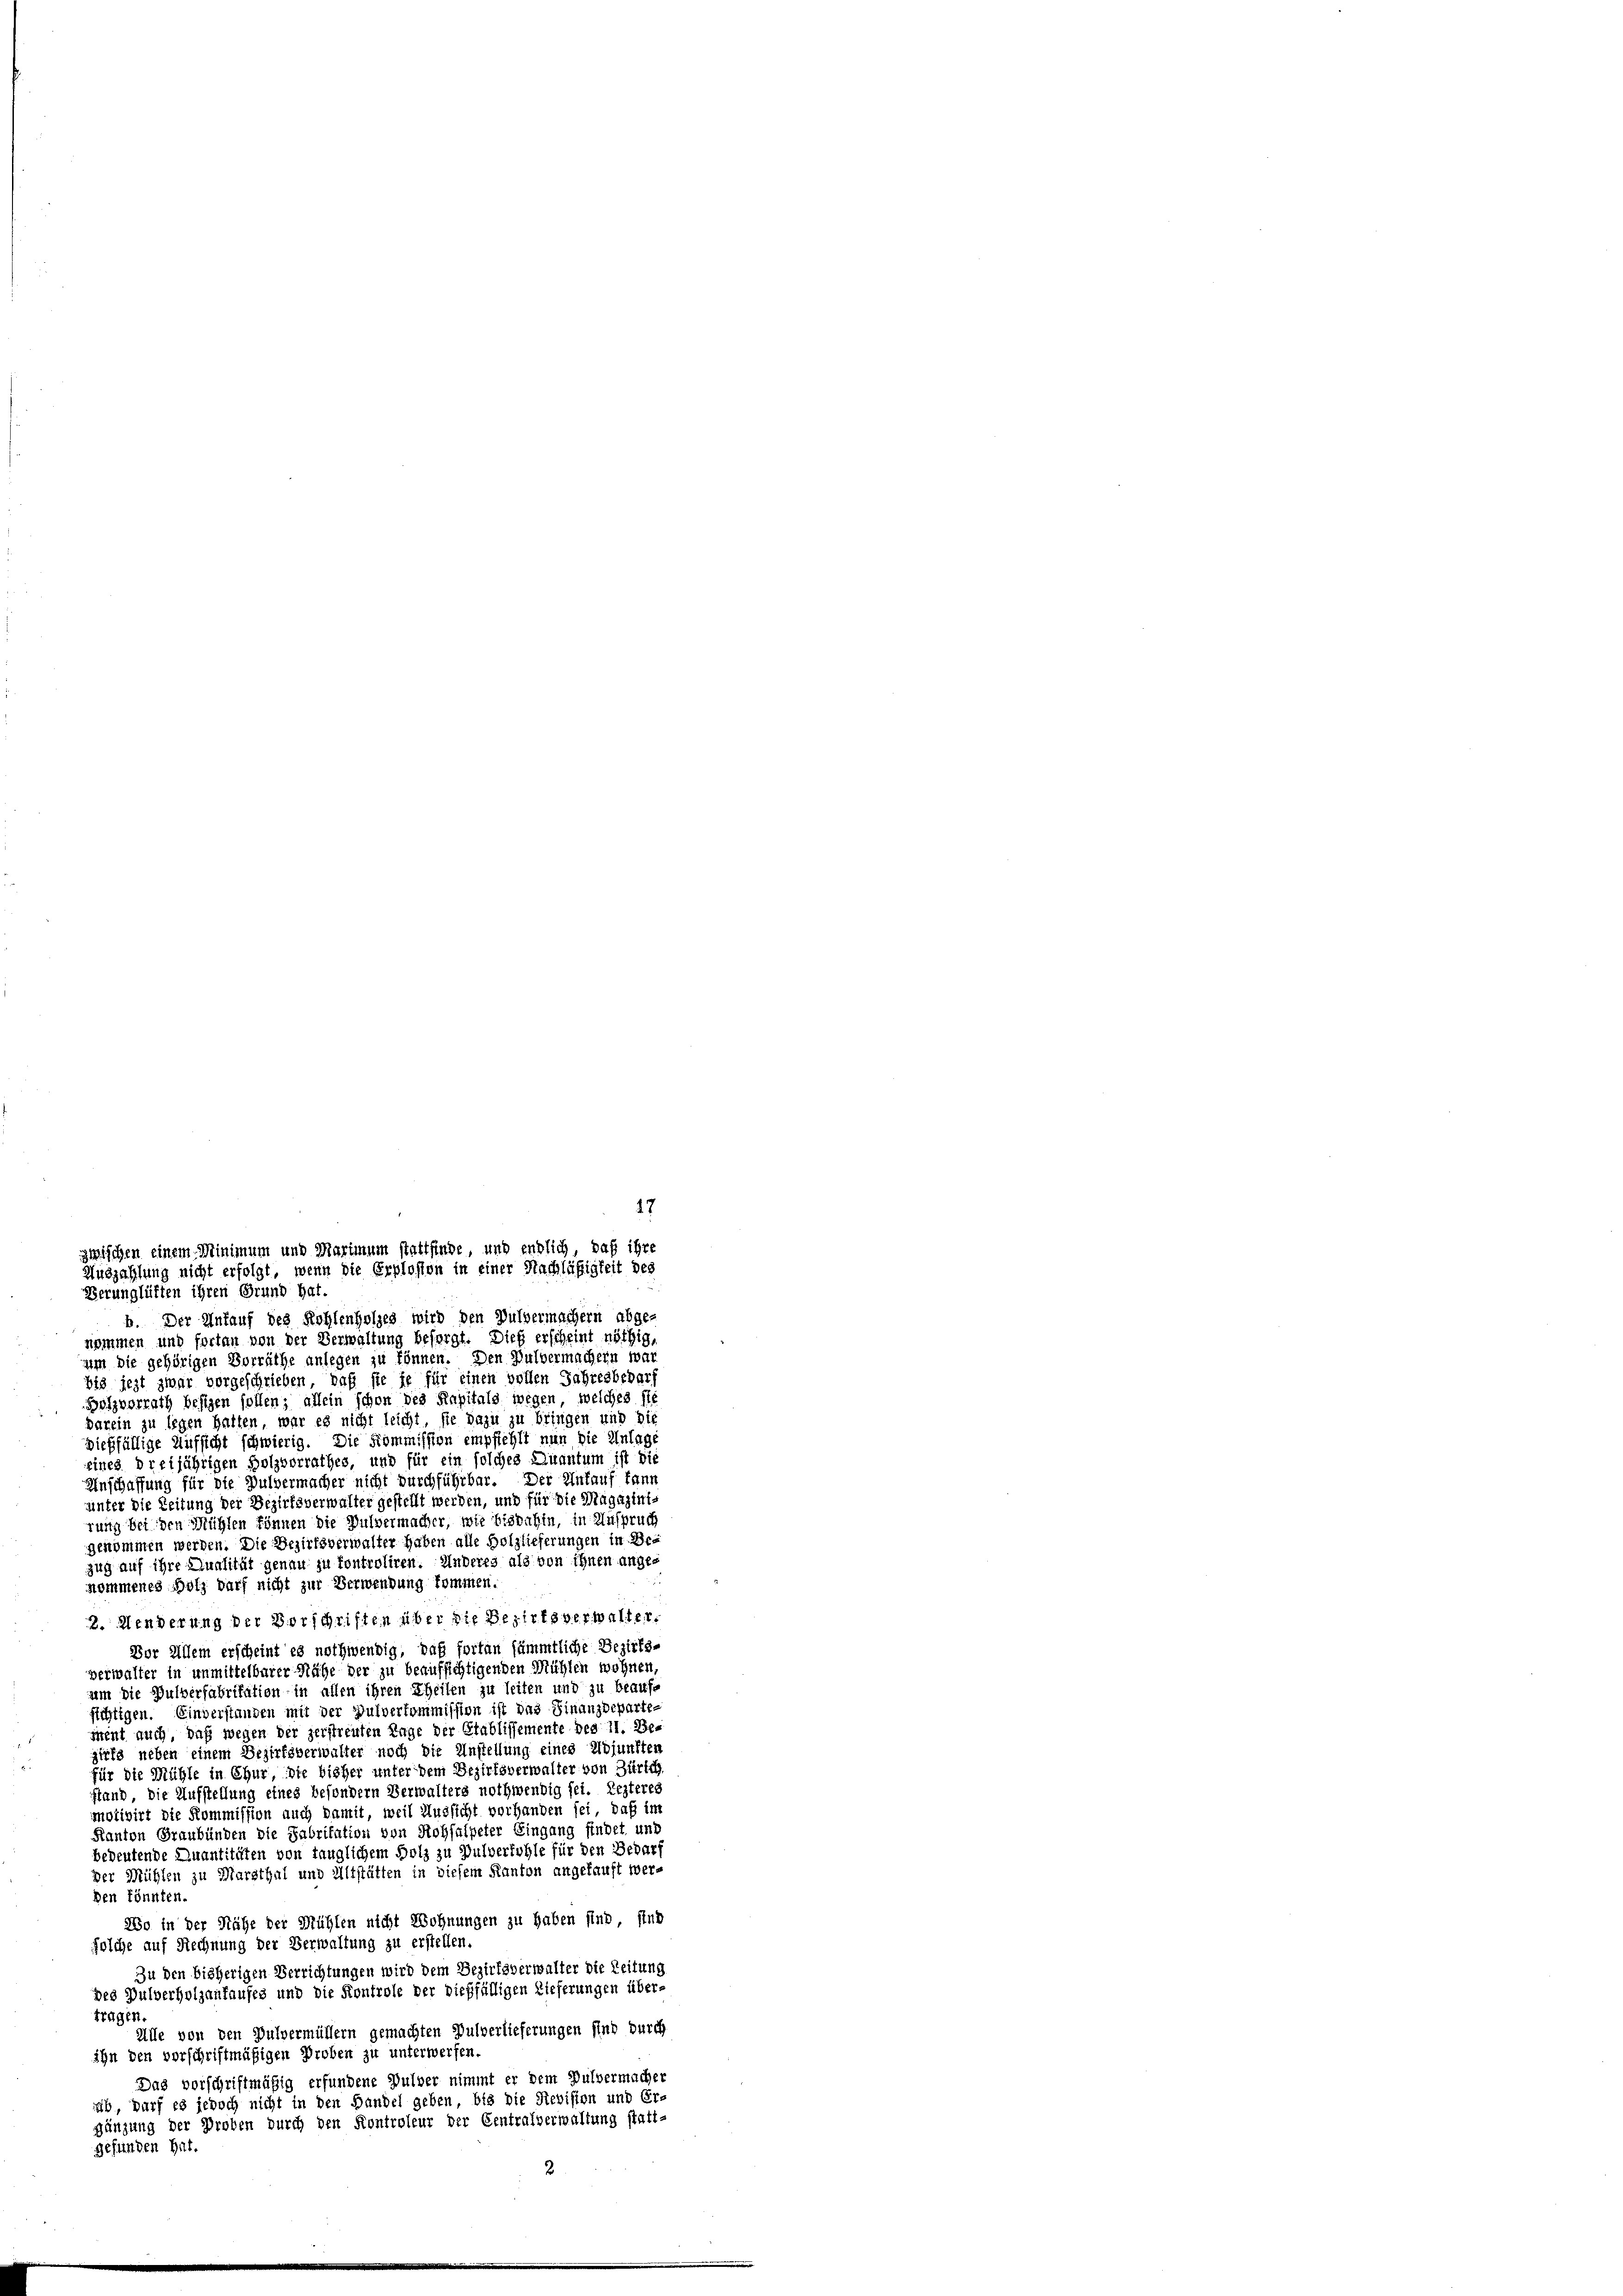
17
zwischen einem Minimum und Marimum stattfinde und endlich, daß ihre
Auszahlung nicht erfolgt, wenn die Erplosion in einer Nachläßigkeit des
Herunglüften ihren Grund hat.
b. Der Ankauf des Kohlenholzes wird den Dulvermachern abge-
nommen und fortan von der Verwaltung besorgt. Dies erscheint nöthig,

um die gehörigen Vorräthe anlegen zu können. Den Pulvermachern war
bis jezt zwar vorgeschrieben, daß sie je für einen vollen Jahresbedar
Holzvorrath besigen sollen; allein schon des Kapitals wegen, welches ste
darein zu legen hatten, war es nicht leicht, sie dazu zu bringen und die
dießfällige Aufsicht schwierig. Die Kommission empfiehlt nun die Anlage
eines dreijährigen Holzvorrathes, und für ein solches Quantum ist die
Anschaffung für die Pulvermacher nicht durchführbar. Der Ankauf kann
unter die Zeitung der Bezirksverwalter gestellt werden, und für die Magazinirung bei den Mühlen können die Pulvermacher, wie bisdahin, in Anspruch
genommen werden. Die Bezirksverwalter haben alle Holzlieferungen in Bezug auf ihre Qualität genau zu kontroliren. Anderes als von ihnen angenommenes Holz darf nicht zur Verwendung kommen.
2. Wenderung der Vorschriften über die Bezirksverhalte
Dor Allem erscheint es nothwendig, daß fortan sämmtliche Bezirks-
verwalter in unmittelbarer Nähe der zu beaufsichtigenden Mühlen wohnen,
um die Pulverfabrikation in allen ihren Theilen zu leiten und zu beaufsichtigen. Einverstanden mit der Pulverkommission ist das Finanzdeparte-
iment auch, daß wegen der zerstreuten Tage der Etablissemente des 11. Be-
girfs neben einem Bezirksverwalter noch die Anstellung eines Adjunkten
für die Mühle in Chur, die bisher unter dem Bezirksverwalter von Zürich
sland, die Aufstellung eines besondern Verwalters nothwendig sei. Lezteres
motivirt die Kommission auch damit, weil Aussicht vorhanden sei, daß im
Kanton Graubünden die Fabritation von Rohsalpeter Eingang findet und
bedeutende Quantitäten von fänglichem Holz zu Pulverfohle für den Bedarf
der Mühlen zu Marsthal und Altstätten in diesem Kanton angekauft werden könnten.
20 in der Nähe der Mühlen nicht Wohnungen zu haben sind, sind
solche auf Rechnung der Verwaltung zu erstellen.
Zu den bisherigen Verrichtungen wird dem Bezirksverwalter die Zeitung
des Pulverholzanfaufes und die Kontrole der dießfälligen Lieferungen über-
tragen.
Alle von den Pulvermüllern gemachten Pulverlieferungen sind durch
ihn den vorschriftmäßigen Proben zu unterwerfen.
Das vorschriftmäßig erfundene Pulver nimmt er dem Pulvermachen
ab, darf es jedoch nicht in den Handel geben, bis die Revision und Er-
gänzung der Proben durch den Kontroleur der Centralverwaltung statt-
gefunden hat.